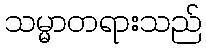
သမ္မာတရားသည်